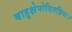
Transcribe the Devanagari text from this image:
बाहुक्षेपोदितप्रियः।